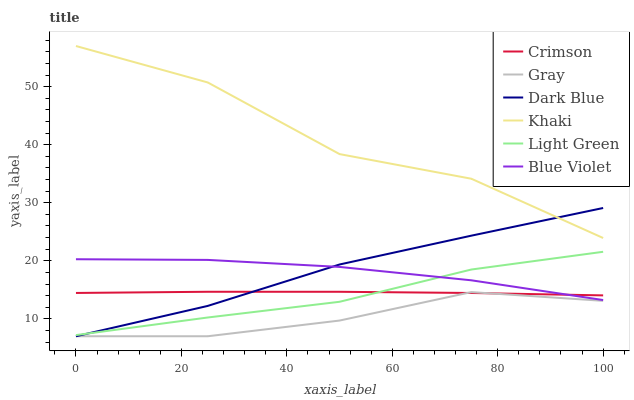
| xaxis_label | Crimson | Gray | Dark Blue | Khaki | Light Green | Blue Violet |
 | --- | --- | --- | --- | --- | --- | --- |
 | 0 | 14.5 | 7 | 7 | 57 | 7.2 | 20.3 |
 | 25 | 14.7 | 7 | 12.2 | 50.7 | 10.2 | 20.2 |
 | 50 | 14.7 | 9.7 | 19.4 | 38.4 | 12.9 | 18.9 |
 | 75 | 14.5 | 14.6 | 24.3 | 34.1 | 18.5 | 16.6 |
 | 100 | 14 | 13.1 | 29.1 | 23.9 | 21.6 | 13.2 |